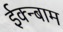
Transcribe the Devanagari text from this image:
ईक्न्बाम